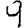
Digit: 9